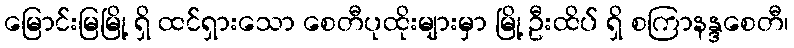
မြောင်းမြမြို့ ရှိ ထင်ရှားသော စေတီပုထိုးများမှာ မြို့ ဦးထိပ် ရှိ စကြာနန္ဒစေတီ၊